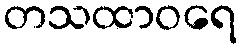
တသထာဝရေ